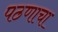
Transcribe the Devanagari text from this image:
पठणाचा